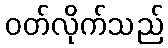
ဝတ်လိုက်သည်